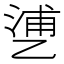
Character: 𬼱